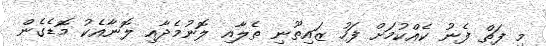
މި ފަތް ފެނު ކެއްކުމަށް ފަހު ޒައިތޫނި ތެލާއި ލޮނުމެދާއި ލޮނާއެކު މޮޑެގެން